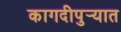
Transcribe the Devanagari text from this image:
कागदीपुर्‍यात